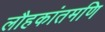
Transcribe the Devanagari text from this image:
लौहकांतमणि